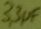
Text: 3,3µF